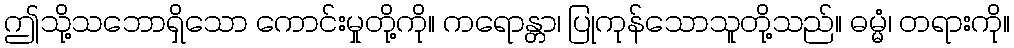
ဤသို့သဘောရှိသော ကောင်းမှုတို့ကို။ ကရောန္တာ၊ ပြုကုန်သောသူတို့သည်။ ဓမ္မံ၊ တရားကို။